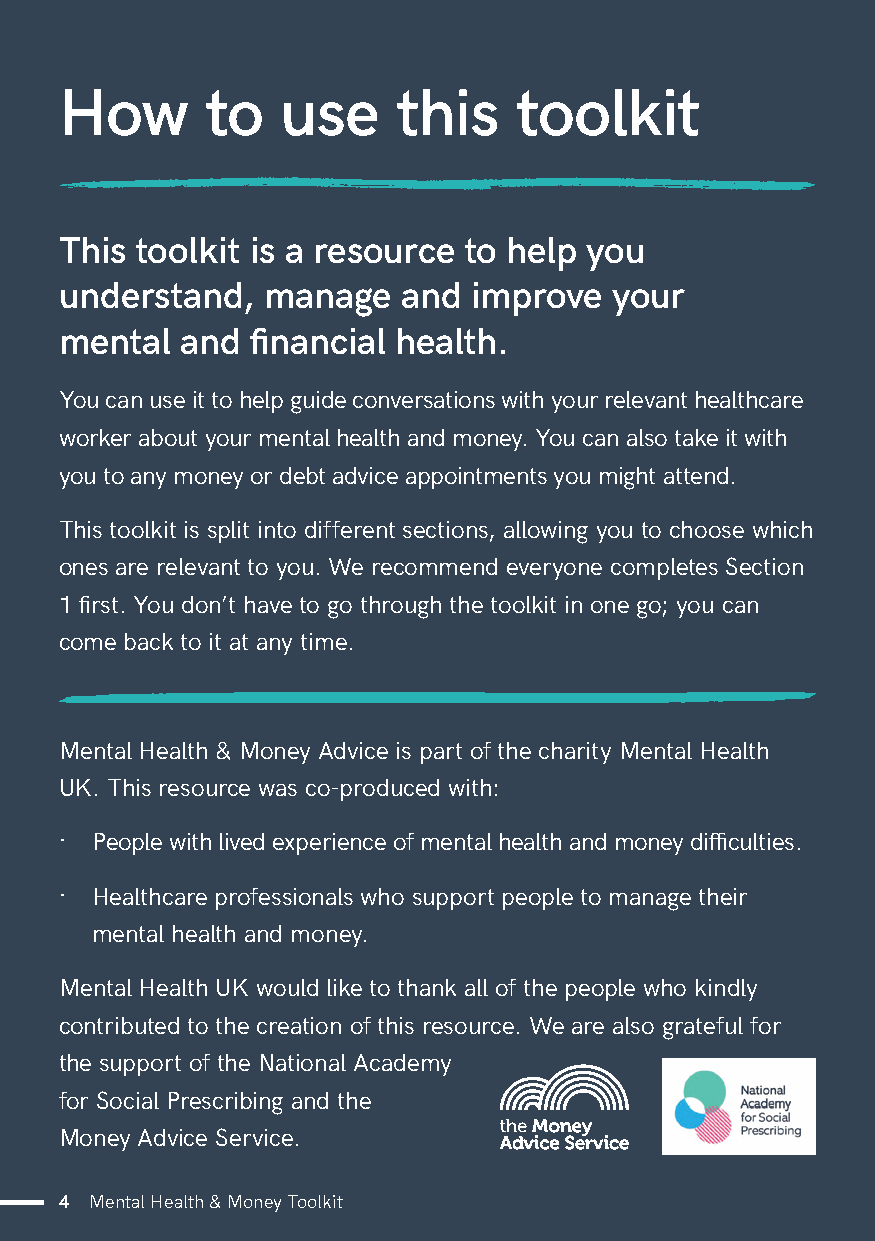
How       to   use    this    toolkit
 This toolkit is a resource to help you
 understand,  manage    and improve  your
 mental  and  financial health.
 You can use it to help guide conversations with your relevant healthcare
 worker about your mental health and money. You can also take it with
 you to any money or debt advice appointments you might attend.
 This toolkit is split into different sections, allowing you to choose which
 ones are relevant to you. We recommend everyone completes Section
 1 first. You don’t have to go through the toolkit in one go; you can
 come back to it at any time.
 Mental Health & Money Advice is part of the charity Mental Health
 UK. This resource was co-produced with:
 · People with lived experience of mental health and money difficulties.
 · Healthcare professionals who support people to manage their
 mental health and money.
 Mental Health UK would like to thank all of the people who kindly
 contributed to the creation of this resource. We are also grateful for
 the support of the National Academy
 for Social Prescribing and the
 Money Advice Service.
 4 Mental Health & Money Toolkit